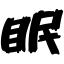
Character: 眠